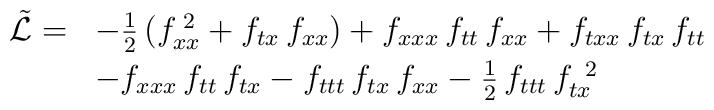
\begin{array}{rl}\tilde{{\cal L}} = & - \frac{1}{2}  \left( f_{xx}^{\;2} +   f_{tx} \, f_{xx} \right) + f_{xxx} \, f_{tt} \, f_{xx} + f_{txx} \, f_{tx} \, f_{tt} \\[1mm] & - f_{xxx} \, f_{tt} \, f_{tx} - f_{ttt} \, f_{tx} \, f_{xx} -  \frac{1}{2} \, f_{ttt} \, f_{tx}^{\;\;2}\end{array}